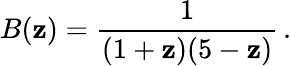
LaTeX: B(\mathbf{z})={\frac{{1}}{{(1+\mathbf{z})(5-\mathbf{z})}}}\, .